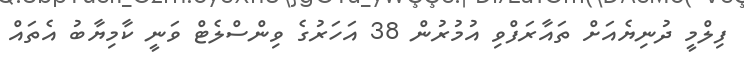
ފިލްމީ ދުނިޔެއަށް ތައާރަފްވި އުމުރުން 38 އަހަރުގެ ވިންސްލެޓް ވަނީ ކާމިޔާބު އެތައް